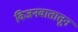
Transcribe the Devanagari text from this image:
विजनवातातून